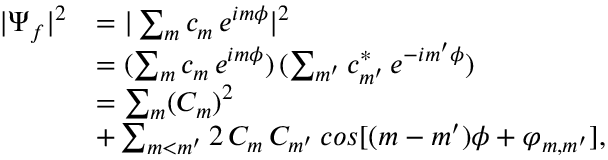
\begin{array} { r l } { | \Psi _ { f } | ^ { 2 } } & { = | \sum _ { m } c _ { m } \, e ^ { i m \phi } | ^ { 2 } } \\ & { = ( \sum _ { m } c _ { m } \, e ^ { i m \phi } ) \, ( \sum _ { m ^ { \prime } } c _ { m ^ { \prime } } ^ { * } \, e ^ { - i m ^ { \prime } \phi } ) } \\ & { = \sum _ { m } ( C _ { m } ) ^ { 2 } } \\ & { + \sum _ { m < m ^ { \prime } } 2 \, C _ { m } \, C _ { m ^ { \prime } } \, c o s [ ( m - m ^ { \prime } ) \phi + \varphi _ { m , m ^ { \prime } } ] , } \end{array}